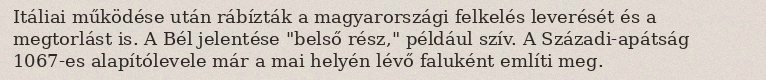
Itáliai működése után rábízták a magyarországi felkelés leverését és a megtorlást is. A Bél jelentése "belső rész," például szív. A Századi-apátság 1067-es alapítólevele már a mai helyén lévő faluként említi meg.